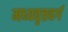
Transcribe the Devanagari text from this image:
मध्यवृत्तवर्ग